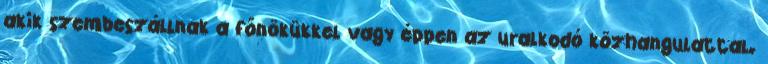
akik szembeszállnak a főnökükkel vagy éppen az uralkodó közhangulattal.